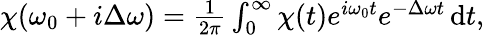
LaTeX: \begin{array}{r}{\chi(\omega_{0}+i\Delta\omega)=\frac{1}{2\pi}\int_{0}^{\infty}\chi(t)e^{i\omega_{0}t}e^{-\Delta\omega t}\, \mathrm{d}t,}\end{array}